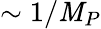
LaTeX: \sim1/\mathit{M}_{P}